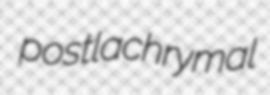
postlachrymal